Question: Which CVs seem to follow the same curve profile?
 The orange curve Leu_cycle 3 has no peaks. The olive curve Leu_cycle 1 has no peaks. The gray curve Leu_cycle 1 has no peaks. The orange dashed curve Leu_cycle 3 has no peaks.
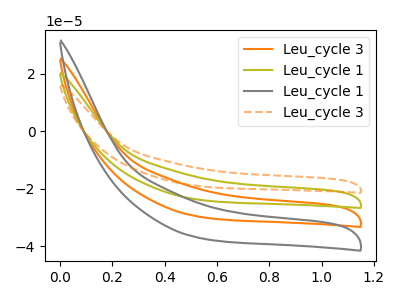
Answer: <think>Neither "Leu_cycle 3" or "Leu_cycle 1" have any peaks. Neither "Leu_cycle 3" or "Leu_cycle 1" have any peaks. Neither "Leu_cycle 3" or "Leu_cycle 3" have any peaks. Neither "Leu_cycle 1" or "Leu_cycle 1" have any peaks. Neither "Leu_cycle 1" or "Leu_cycle 3" have any peaks. Neither "Leu_cycle 1" or "Leu_cycle 3" have any peaks.
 </think>
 <answer>"Leu_cycle 3", "Leu_cycle 3", "Leu_cycle 1" and "Leu_cycle 1" have the same shape and are likely CV's of the same chemical.</answer>
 <eval>"Leu_cycle 3" "Leu_cycle 3" "Leu_cycle 1" "Leu_cycle 1"</eval>